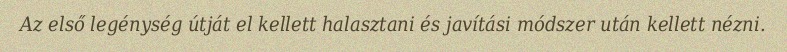
Az első legénység útját el kellett halasztani és javítási módszer után kellett nézni.